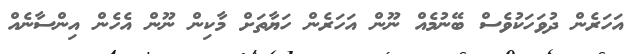
އަހަރެން ދުވަހަކުވެސް ބޭނުމެއް ނޫން އަހަރެން ހަޔާތަށް މާކިން ނޫން އެހެން އިންސާނެއް